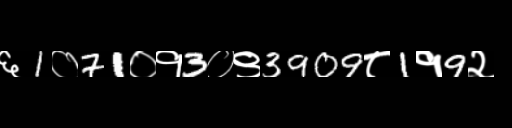
Text: ६1०71०१3०९3909८1१9२